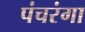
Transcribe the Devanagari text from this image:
पंचरंगा